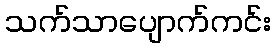
သက်သာပျောက်ကင်း